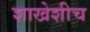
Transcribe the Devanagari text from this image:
शाखेशीच